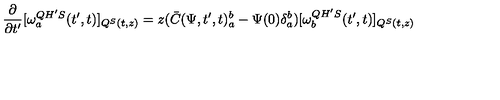
\frac { \partial } { \partial t ^ { \prime } } [ \omega _ { a } ^ { Q H ^ { \prime } S } ( t ^ { \prime } , t ) ] _ { Q ^ { S } ( t , z ) } = z ( \bar { C } ( \Psi , t ^ { \prime } , t ) _ { a } ^ { b } - \Psi ( 0 ) \delta _ { a } ^ { b } ) [ \omega _ { b } ^ { Q H ^ { \prime } S } ( t ^ { \prime } , t ) ] _ { Q ^ { S } ( t , z ) }